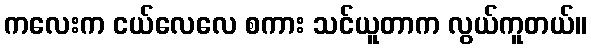
ကလေးက ငယ်လေလေ စကား သင်ယူတာက လွယ်ကူတယ်။